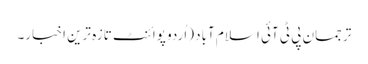
ترجمان پی ٹی آئی اسلام آباد (اُردو پوائنٹ تازہ ترین اخبار۔